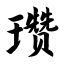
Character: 瓒